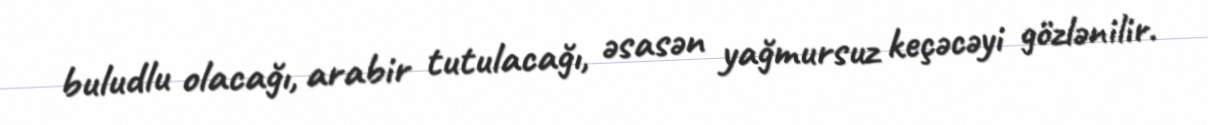
buludlu olacağı, arabir tutulacağı, əsasən yağmursuz keçəcəyi gözlənilir.